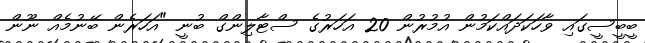
ބީބީސީގައި ވާހަކަދައްކަމުން އުމުރުން 20 އަހަރުގެ ސްޓާލިންގް ބުނީ "އަހަރެން ބޭނުމެއް ނޫން